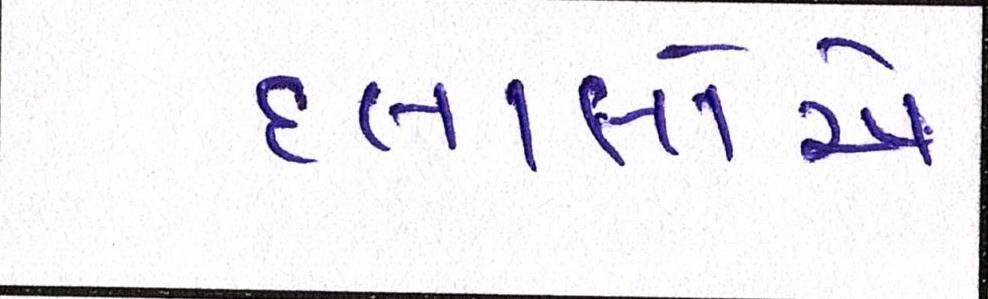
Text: દલાલોએ